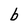
Character: b